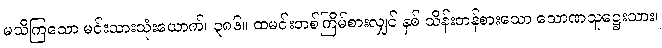
မသိကြသော မင်းသားသုံးယောက်၊ ၃၈၆။ ထမင်းတစ်ကြိမ်စားလျှင် နှစ် သိန်းတန်စားသော သောဏသူဋ္ဌေးသား၊